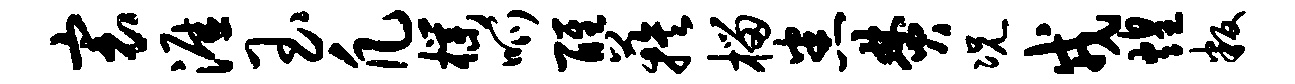
寰涯玉凡朴呱醒蔟榴悉焚况戎煌叛